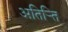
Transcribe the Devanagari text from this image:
अतिरि्‍त